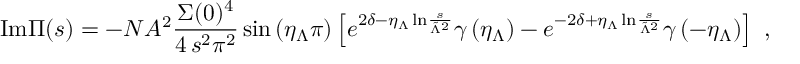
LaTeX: \mathrm { I m } \Pi ( s ) = - N A ^ { 2 } \frac { \Sigma ( 0 ) ^ { 4 } } { 4 \, s ^ { 2 } \pi ^ { 2 } } \sin \left( \eta _ { \Lambda } \pi \right) \left[ e ^ { 2 \delta - \eta _ { \Lambda } \, \mathrm { l n } \frac { s } { \tilde { \Lambda } ^ { 2 } } } \gamma \left( \eta _ { \Lambda } \right) - e ^ { - 2 \delta + \eta _ { \Lambda } \, \mathrm { l n } \frac { s } { \tilde { \Lambda } ^ { 2 } } } \gamma \left( - \eta _ { \Lambda } \right) \right] \ ,